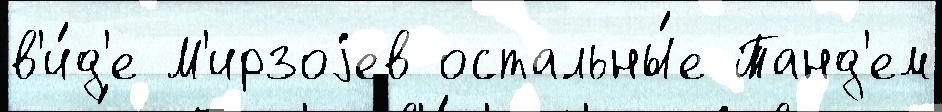
в'и́д'е М'ирзоjев остальны́е Танд'ем